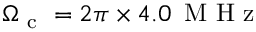
\Omega _ { \mathrm { ~ c ~ } } = 2 \pi \times 4 . 0 \, \mathrm { ~ M ~ H ~ z ~ }